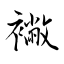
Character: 襒